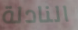
النادلة